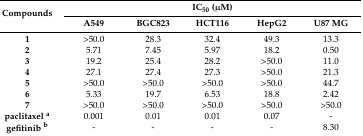
<table><thead><tr><td rowspan="2"><b>Compounds</b></td><td colspan="5"><b>IC<sub>50</sub> (μM)</b></td></tr><tr><td><b>A549</b></td><td><b>BGC823</b></td><td><b>HCT116</b></td><td><b>HepG2</b></td><td><b>U87 MG</b></td></tr></thead><tbody><tr><td><b>1</b></td><td>&gt;50.0</td><td>28.3</td><td>32.4</td><td>49.3</td><td>13.3</td></tr><tr><td><b>2</b></td><td>5.71</td><td>7.45</td><td>5.97</td><td>18.2</td><td>0.50</td></tr><tr><td><b>3</b></td><td>19.2</td><td>25.4</td><td>28.2</td><td>&gt;50.0</td><td>11.0</td></tr><tr><td><b>4</b></td><td>27.1</td><td>27.4</td><td>27.3</td><td>&gt;50.0</td><td>21.3</td></tr><tr><td><b>5</b></td><td>&gt;50.0</td><td>&gt;50.0</td><td>&gt;50.0</td><td>&gt;50.0</td><td>44.7</td></tr><tr><td><b>6</b></td><td>5.33</td><td>19.7</td><td>6.53</td><td>18.8</td><td>2.42</td></tr><tr><td><b>7</b></td><td>&gt;50.0</td><td>&gt;50.0</td><td>&gt;50.0</td><td>&gt;50.0</td><td>&gt;50.0</td></tr><tr><td><b>paclitaxel <sup>a</sup></b></td><td>0.001</td><td>0.01</td><td>0.01</td><td>0.07</td><td>-</td></tr><tr><td><b>gefitinib <sup>b</sup></b></td><td>-</td><td>-</td><td>-</td><td>-</td><td>8.30</td></tr></tbody></table>